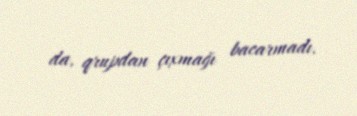
da, qrupdan çıxmağı bacarmadı.